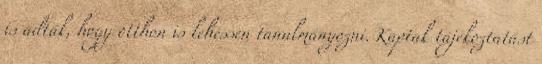
is adták, hogy otthon is lehessen tanulmányozni. Kaptak tájékoztatást